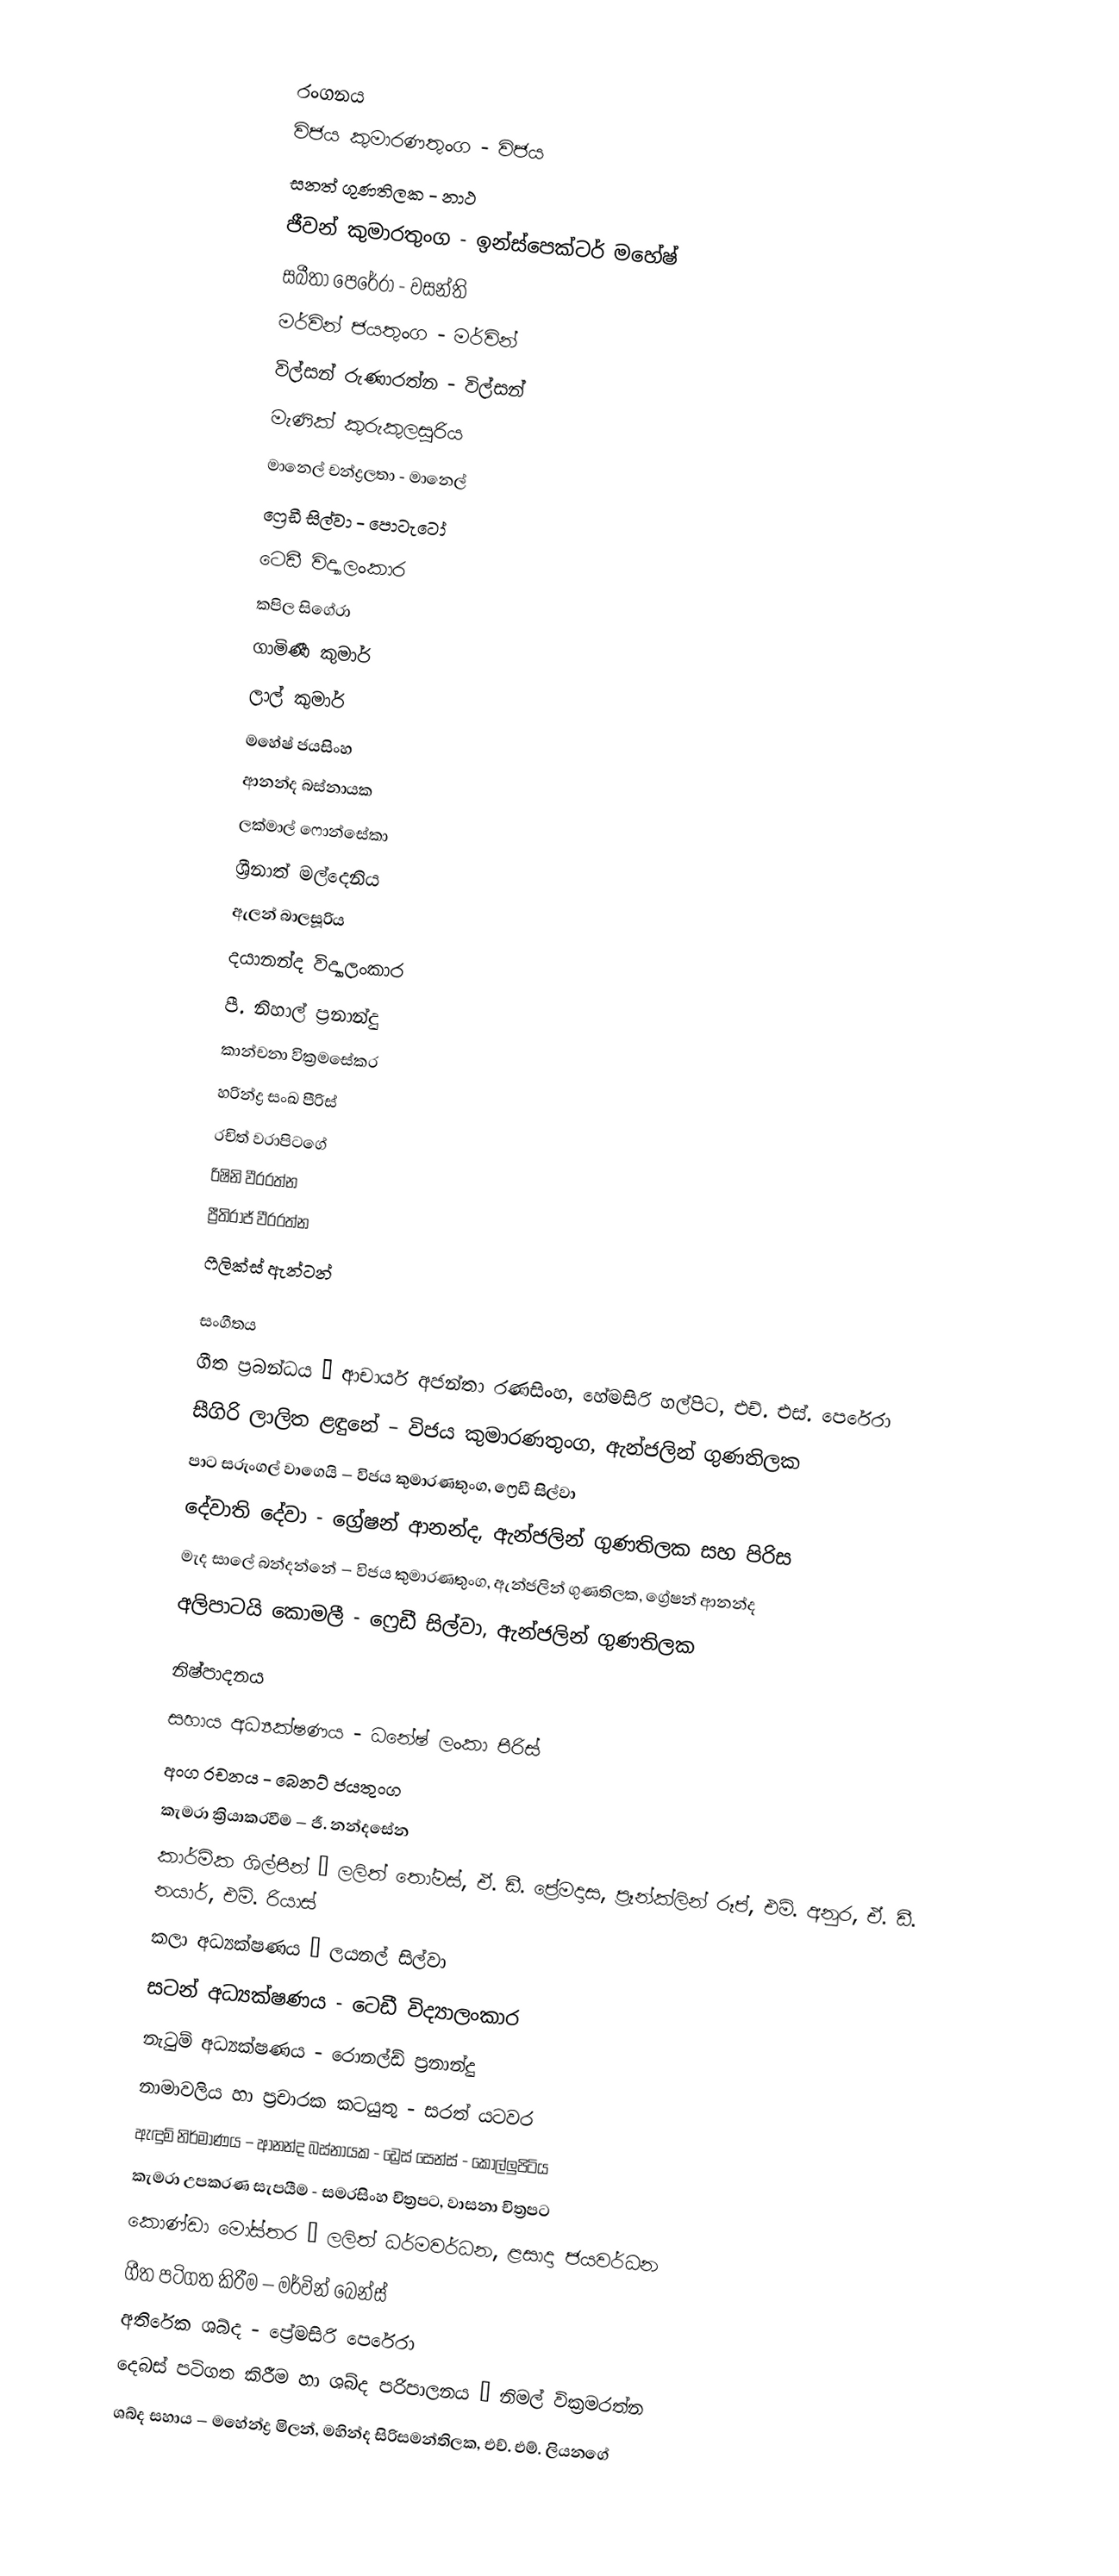

රංගනය
විජය කුමාරණතුංග - විජය
සනත් ගුණතිලක - නාථ
ජීවන් කුමාරතුංග - ඉන්ස්පෙක්ටර් මහේෂ්
සබීතා පෙරේරා - වසන්‍ති
මර්වින් ජයතුංග - මර්වින්
විල්සන් රුණාරත්න - විල්සන්
මැණික් කුරුකුලසූරිය
මානෙල් චන්ද්‍රලතා - මානෙල්
ෆ්‍රෙඩී සිල්වා - පොටැටෝ
ටෙඩී විද්‍යාලංකාර
කපිල සිගේරා
ගාමිණී කුමාර්
ලාල් කුමාර්
මහේෂ් ජයසිංහ
ආනන්ද බස්නායක
ලක්මාල් ෆොන්සේකා
ශ්‍රීනාත් මල්දෙනිය
ඇලන් බාලසූරිය
දයානන්ද විද්‍යාලංකාර
පී. නිහාල් ප්‍රනාන්දු
කාන්චනා වික්‍රමසේකර
හරින්ද්‍ර සංඛ පීරිස්
රචිත් වරාපිටගේ
රිෂිනි වීරරත්න
ප්‍රීතිරාජ් වීරරත්න
ෆීලික්ස් ඇන්ටන්

සංගීතය
ගීත ප්‍රබන්ධය – ආචාර්ය අජන්තා රණසිංහ, හේමසිරි හල්පිට, එච්. එස්. පෙරේරා
සීගිරි ලාලිත ළඳුනේ – විජය කුමාරණතුංග, ඇන්ජලින් ගුණතිලක
පාට සරුංගල් වාගෙයි – විජය කුමාරණතුංග, ෆ්‍රෙඩී සිල්වා
දේවාති දේවා - ග්‍රේෂන් ආනන්ද, ඇන්ජලින් ගුණතිලක සහ පිරිස
මැද සාලේ බන්දන්නේ – විජය කුමාරණතුංග, ඇන්ජලින් ගුණතිලක, ග්‍රේෂන් ආනන්ද
අලිපාටයි කොමලී - ෆ්‍රෙඩී සිල්වා, ඇන්ජලින් ගුණතිලක

නිෂ්පාදනය
සහාය අධ්‍යක්ෂණය - ධනේෂ් ලංකා පීරිස්
අංග රචනය - බෙනට් ජයතුංග
කැමරා ක්‍රියාකරවීම – ජී. නන්දසේන
කාර්මික ශිල්පීන් – ලලිත් තෝමස්, ඒ. ඩී. ප්‍රේමදාස, ප්‍රෑන්ක්ලින් රූප්, එම්. අනුර, ඒ. ඩී. නයාර්, එම්. රියාස්
කලා අධ්‍යක්ෂණය – ලයනල් සිල්වා
සටන් අධ්‍යක්ෂණය - ටෙඩී විද්‍යාලංකාර
නැටුම් අධ්‍යක්ෂණය - රොනල්ඩ් ප්‍රනාන්දු
නාමාවලිය හා ප්‍රචාරක කටයුතු - සරත් යටවර
ඇඳුම් නිර්මාණය – ආනන්ද බස්නායක - ඩ්‍රෙස් සෙන්ස් - කොල්ලුපිටිය
කැමරා උපකරණ සැපයීම - සමරසිංහ චිත්‍රපට, වාසනා චිත්‍රපට
කොණ්ඩා මෝස්තර – ලලිත් ධර්මවර්ධන, ළසාදා ජයවර්ධන
ගීත පටිගත කිරීම – මර්වින් බෙන්ස්
අතිරේක ශබ්ද - ප්‍රේමසිරි පෙරේරා
දෙබස් පටිගත කිරීම හා ශබ්ද පරිපාලනය – නිමල් වික්‍රමරත්න
ශබ්ද සහාය – මහේන්ද්‍ර මිලන්, මහින්ද සිරිසමන්තිලක, එච්. එම්. ලියනගේ